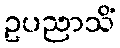
ဥပညာသိံ